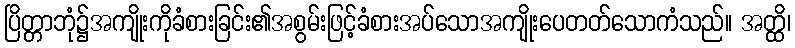
ပြိတ္တာဘုံ၌အကျိုးကိုခံစားခြင်း၏အစွမ်းဖြင့်ခံစားအပ်သောအကျိုးပေတတ်သောကံသည်။ အတ္ထိ၊